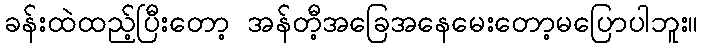
ခန်းထဲထည့်ပြီးတော့ အန်တီ့အခြေအနေမေးတော့မပြောပါဘူး။